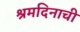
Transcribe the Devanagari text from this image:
श्रमदिनाची